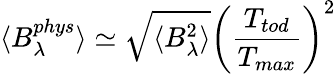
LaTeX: \langle B_{\lambda}^{phys}\rangle\simeq\sqrt{\langle B_{\lambda}^{2}\rangle}\left(\frac{T_{tod}}{T_{max}}\right)^{2}